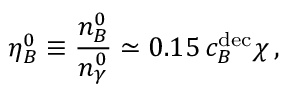
\eta _ { B } ^ { 0 } \equiv \frac { n _ { B } ^ { 0 } } { n _ { \gamma } ^ { 0 } } \simeq 0 . 1 5 \, c _ { B } ^ { \mathrm { d e c } } \chi \, ,